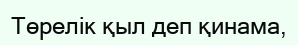
Төрелік қыл деп қинама,